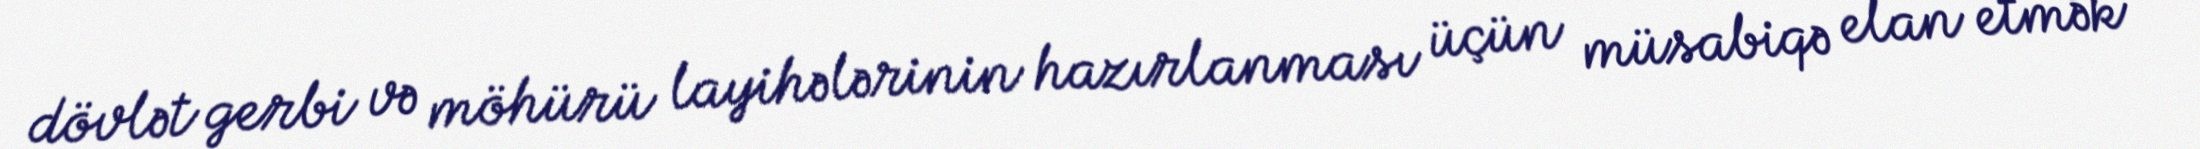
dövlət gerbi və möhürü layihələrinin hazırlanması üçün müsabiqə elan etmək